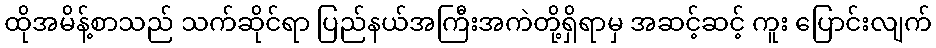
ထိုအမိန့်စာသည် သက်ဆိုင်ရာ ပြည်နယ်အကြီးအကဲတို့ရှိရာမှ အဆင့်ဆင့် ကူး ပြောင်းလျက်